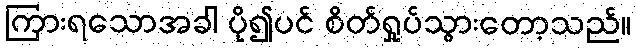
ကြားရသောအခါ ပို၍ပင် စိတ်ရှုပ်သွားတော့သည်။